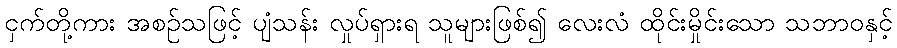
ငှက်တို့ကား အစဉ်သဖြင့် ပျံသန်း လှုပ်ရှားရ သူများဖြစ်၍ လေးလံ ထိုင်းမှိုင်းသော သဘာဝနှင့်